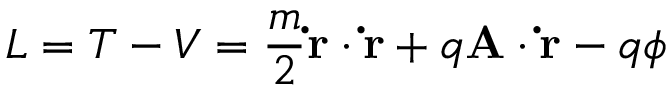
L = T - V = { \frac { m } { 2 } } \mathbf { \dot { r } } \cdot \mathbf { \dot { r } } + q \mathbf { A } \cdot \mathbf { \dot { r } } - q \phi